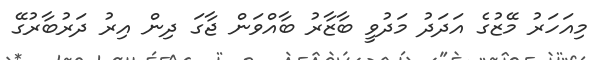
މިއަހަރު މޭޒުގެ އަދަދު މަދުވީ ބާޒާރު ބާއްވަން ޖާގަ ދިން އިރު ދަރުބާރުގޭ